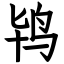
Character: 鸨